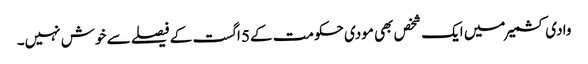
وادی کشمیر میں ایک شخص بھی مودی حکومت کے5 اگست کے فیصلے سے خوش نہیں۔